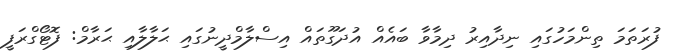
ފުރަތަމަ ތިންމަހުގައި ނިދާއިރު ދިމާވާ ބައެއް އުދަގޫތައް އިސްލާމްދީނުގައި ޙަލާލާއި ޙަރާމް: ފޮޓޯގްރަފީ